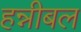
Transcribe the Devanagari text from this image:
हन्नीबल